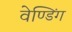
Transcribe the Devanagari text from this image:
वेण्डिंग